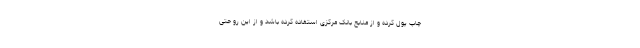
چاپ پول کرده و از منابع بانک مرکزی استفاده کرده باشد و از این رو حتی